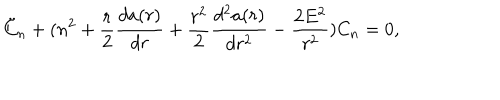
LaTeX: \ddot { C } _ { n } + ( n ^ { 2 } + \frac { r } { 2 } \frac { d a ( r ) } { d r } + \frac { r ^ { 2 } } { 2 } \frac { d ^ { 2 } a ( r ) } { d r ^ { 2 } } - \frac { 2 E ^ { 2 } } { r ^ { 2 } } ) C _ { n } = 0 ,